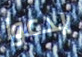
يدعوا